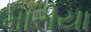
મારીયા